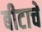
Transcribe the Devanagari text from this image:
बीटाचे